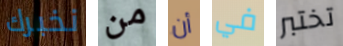
نخبرك من أن في تختبر